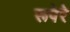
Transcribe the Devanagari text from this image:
रूपेरे